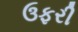
ઉફરી